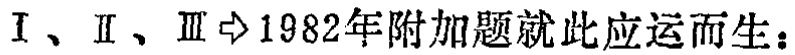
I、II、III$\Rightarrow$1982年附加题就此应运而生：